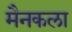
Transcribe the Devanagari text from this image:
मैनकला